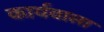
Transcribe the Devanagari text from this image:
कार्यवाला